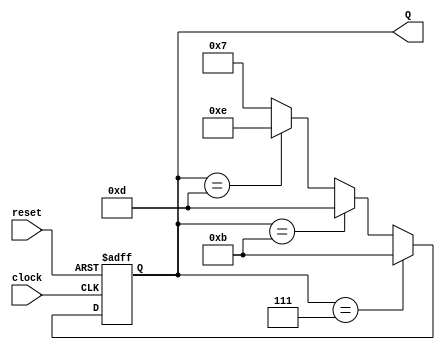
module ring_counter(Q, clock, reset);
input clock, reset;
output [3:0] Q;

reg [3:0] Q;
always @(posedge clock or posedge reset)
begin
    if (reset==1'b1) Q<=4'b0111;
    else if (Q==4'b0111) Q<=4'b1011;
    else if (Q==4'b1011) Q<=4'b1101;
    else if (Q==4'b1101) Q<=4'b1110;
    else Q<=4'b0111;
end

endmodule